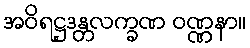
အဝိရဋ္ဌဒန္တလက္ခဏ ဝဏ္ဏနာ။